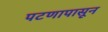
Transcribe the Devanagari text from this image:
पटणापासून